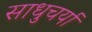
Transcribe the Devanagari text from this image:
साधुचर्या